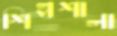
শিল্পশালা